Civil Veterinary Department Bihar & Orissa reports 1911-21 - 1911-1921
Year: 1911
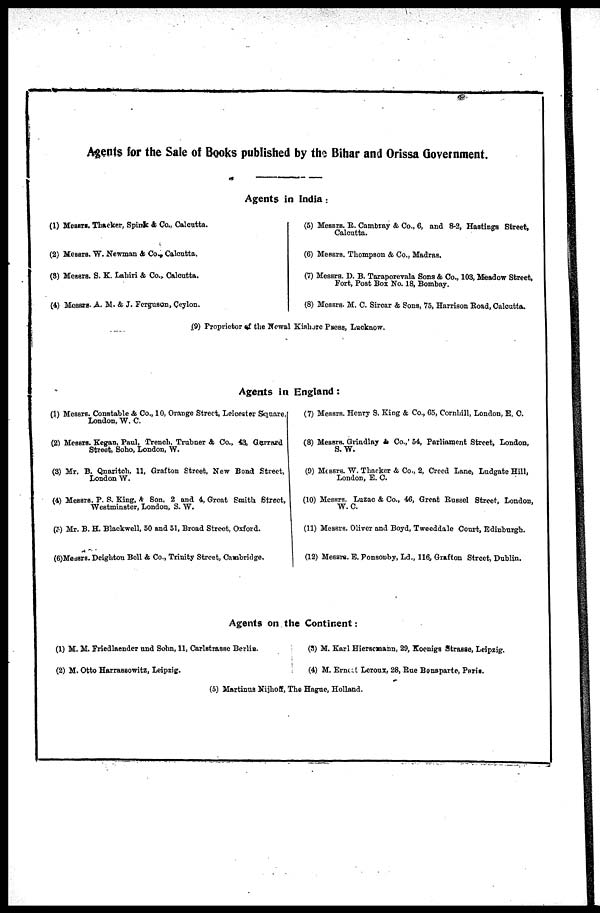
Agents for the Sale of Books published by the Bihar and Orissa Government.
Agents in India :
(1) Messrs. Thacker, Spink & Co., Calcutta.
(2) Messrs. W. Newman & Co., Calcutta.
(3) Messrs. S. K. Lahiri & Co., Calcutta.
(4) Messrs. A. M. & J. Ferguson, Ceylon.
(5) Messrs. R. Cambray & Co., 6, and 8-2, Hastings Street,
Calcutta.
(6) Messrs. Thompson & Co., Madras.
(7) Messrs. D. B. Taraporevala Sons & Co., 103, Meadow Street,
Fort, Post Box No. 18, Bombay.
(8) Messrs. M. C. Sircar & Sons, 75, Harrison Road, Calcutta.
(9) Proprietor of the Newal Kishore Press, Lucknow.
Agents in England :
(1) Messrs. Constable & Co., 10, Orange Street, Leicester Square,
London, W. C.
(2) Messrs. Kegan, Paul, Trench. Trubner & Co., 43, Gerrard
Street, Soho, London, W.
(3) Mr. B. Qnaritch, 11, Grafton Street, New Bond Street,
London W.
(4) Messrs. P. S. King, & Son, 2 and 4, Great Smith Street,
Westminster, London, S. W.
(5) Mr. B. H. Blackwell, 50 and 51, Broad Street, Oxford.
(6)Messrs. Deighton Bell & Co., Trinity Street, Cambridge.
(7) Messrs. Henry S. King & Co., 65, Cornhill, London, E. C.
(8) Messrs. Grindlay & Co., 54, Parliament Street, London,
S. W.
(9) Messrs. W. Thacker & Co., 2, Creed Lane, Ludgate Hill,
London, E. C.
(10) Messrs. Luzac & Co., 46, Great Russel Street, London,
W. C.
(11) Messrs. Oliver and Boyd, Tweeddale Court, Edinburgh.
(12) Messrs. E. Ponsouby, Ld., 116, Grafton Street, Dublin.
Agents on the Continent :
(1) M. M. Friedlaender und Sohn, 11, Carlstrasse Berlin.
(2) M. Otto Harrassowitz, Leipzig.
(3) M. Karl Hiersemann, 29, Koenigs Strasse, Leipzig.
(4) M. Ernest Leroux, 28, Rue Bonaparte, Paris.
(5) Martinus Nijhoff, The Hague, Holland.